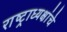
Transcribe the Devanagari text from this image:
राष्‍ट्राध्‍यक्षांचे